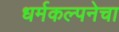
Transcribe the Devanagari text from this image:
धर्मकल्पनेचा